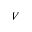
V